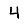
Digit: 4